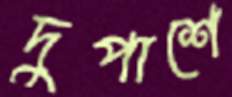
দুপাশে